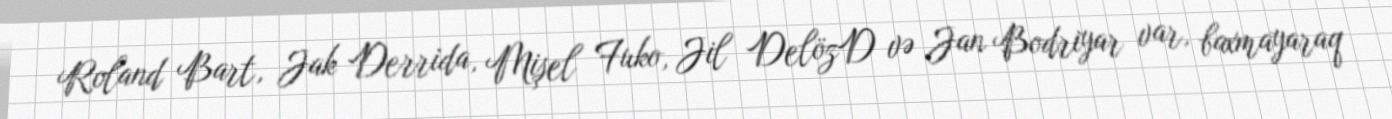
Roland Bart, Jak Derrida, Mişel Fuko, Jil DelözD və Jan Bodriyar var, baxmayaraq